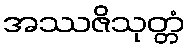
အဿဇိသုတ္တံ